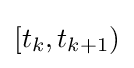
[t_{k},t_{k+1})